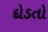
દોડતો